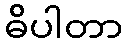
ဓိပါတာ